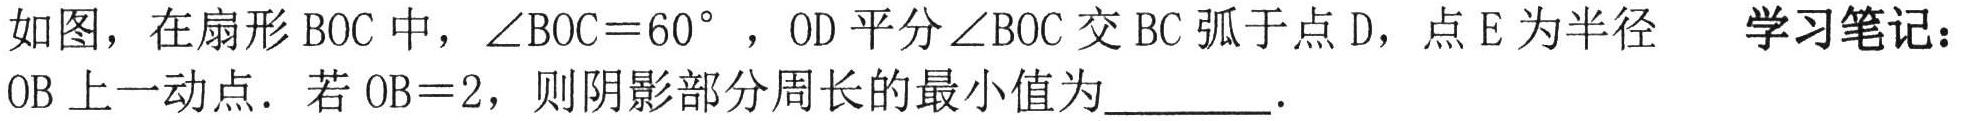
如图，在扇形$\text{BOC}$中，$\angle\text{BOC}=60^{\circ}$，$\text{OD}$平分$\angle\text{BOC}$交$\overset{\frown}{\text{BC}}$于点$\text{D}$，点$\text{E}$为半径$\text{OB}$上一动点．若$\text{OB}=2$，则阴影部分周长的最小值为  ．  学习笔记：